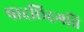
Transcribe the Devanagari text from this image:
पादछिद्रगति